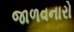
જાળવનારો